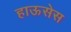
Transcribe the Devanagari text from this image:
हाऊसेस